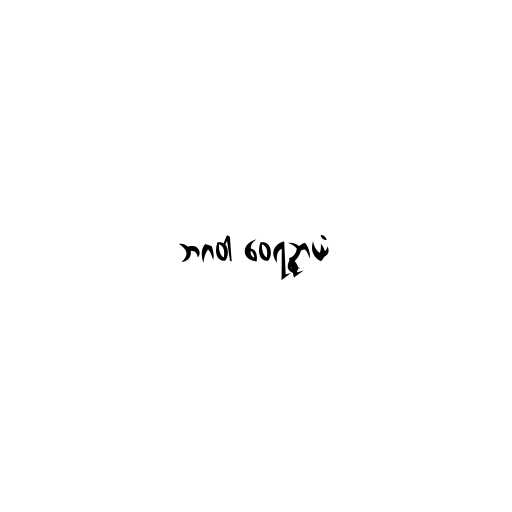
ဘဂဝါ ဝေရဉ္ဇာယံ